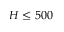
H \leq 5 0 0